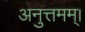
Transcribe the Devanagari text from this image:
अनुत्तमम्‌।